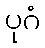
ပုဂံ